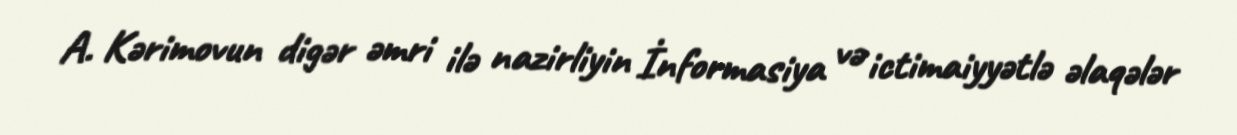
A. Kərimovun digər əmri ilə nazirliyin İnformasiya və ictimaiyyətlə əlaqələr